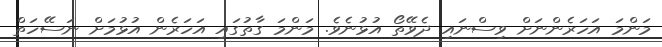
މަންމަ އަހަރެންނަށް ވިސްނައި ދެވޭތޯ އުޅުނެވެ. މަންމަ ގާތުގައި އަހަރެން އުޅުމަށް ނަސޭހަތް